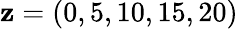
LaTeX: \mathbf{z}=(0,5,10,15,20)